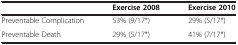
|  | Exercise 2008 | Exercise 2010 |
 | --- | --- | --- |
 | Preventable Complication | 53% (9/17*) | 29% (5/17*) |
 | Preventable Death | 29% (5/17*) | 41% (7/17*) |